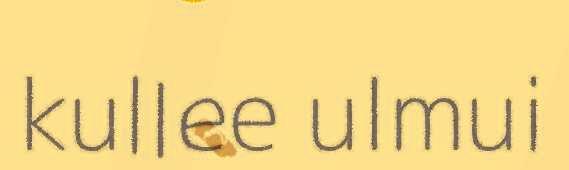
kullee ulmui